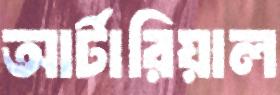
আর্টারিয়াল